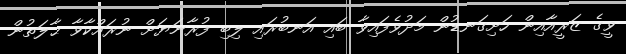
ވީގެ ޒަރީއާއިން ހަށިގަނޑުން މަދުވެފައިވާ ބައި އަނބުރައި ލިބި ފުރާނަޔަށް ނުރައްކާވާ ޙާލަތުން